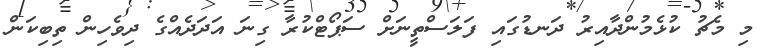
މި މެޗު ކުޅެމުންދާއިރު ދަނޑުގައި ފަލަސްތީނަށް ސަޕޯޓްކުރާ ގިނަ އަދަދެއްގެ ދިވެހިން ތިބިކަން